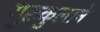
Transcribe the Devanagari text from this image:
गुरुकुलाने